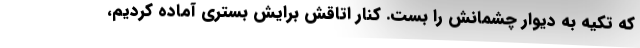
که تکیه به دیوار چشمانش را بست. کنار اتاقش برایش بستری آماده کردیم،